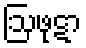
ဩဖုဋာ